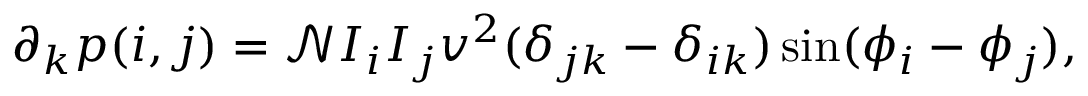
\partial _ { k } p ( i , j ) = \mathcal { N } I _ { i } I _ { j } v ^ { 2 } ( \delta _ { j k } - \delta _ { i k } ) \sin ( \phi _ { i } - \phi _ { j } ) ,